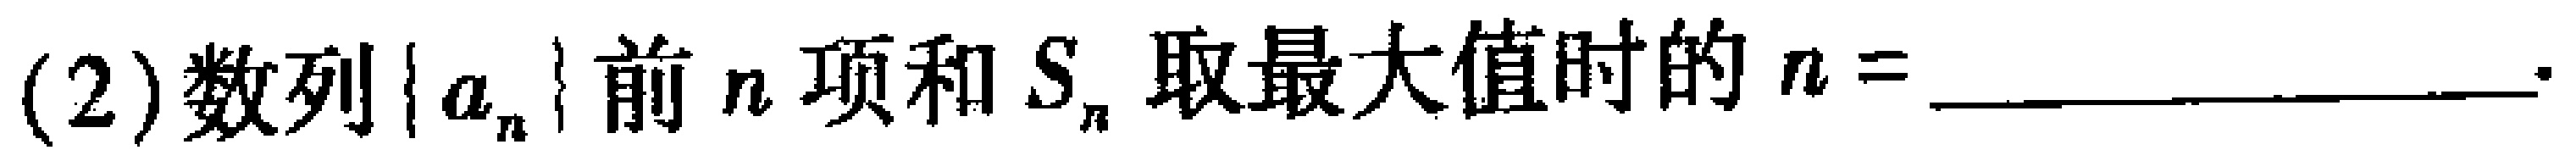
(2)数列\(\{ a_{n}\}\)前\(n\)项和\(S_{n}\)取最大值时的\(n =\)__________.